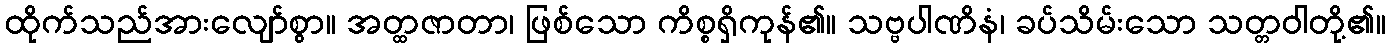
ထိုက်သည်အားလျော်စွာ။ အတ္ထဇာတာ၊ ဖြစ်သော ကိစ္စရှိကုန်၏။ သဗ္ဗပါဏိနံ၊ ခပ်သိမ်းသော သတ္တဝါတို့၏။